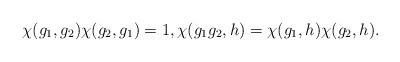
LaTeX: \begin{align*} \chi(g_1,g_2)\chi(g_2,g_1)=1, \chi(g_1g_2,h)=\chi(g_1,h)\chi(g_2,h).\end{align*}